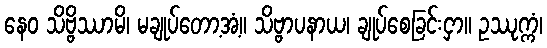
နေဝ သိဗ္ဗိဿာမိ၊ မချုပ်တော့အံ့။ သိဗ္ဗာပနာယ၊ ချုပ်စေခြင်းငှာ။ ဥဿုက္ကံ၊